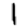
Digit: 1